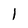
Character: l